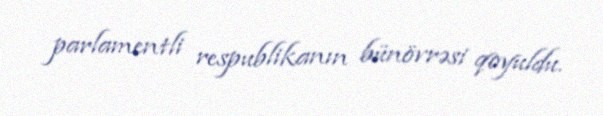
parlamentli respublikanın bünövrəsi qoyuldu.